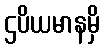
ဌပိယမာနမှိ